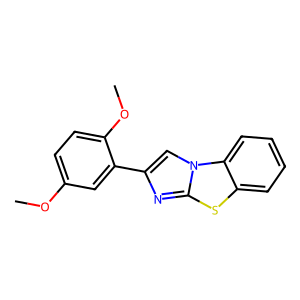
SMILES: COc1ccc(OC)c(-c2cn3c(n2)sc2ccccc23)c1
Inhibits HIV replication: No